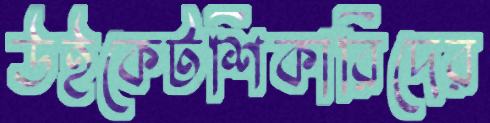
উইকেটশিকারিদের